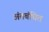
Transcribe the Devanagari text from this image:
अंतबंधित